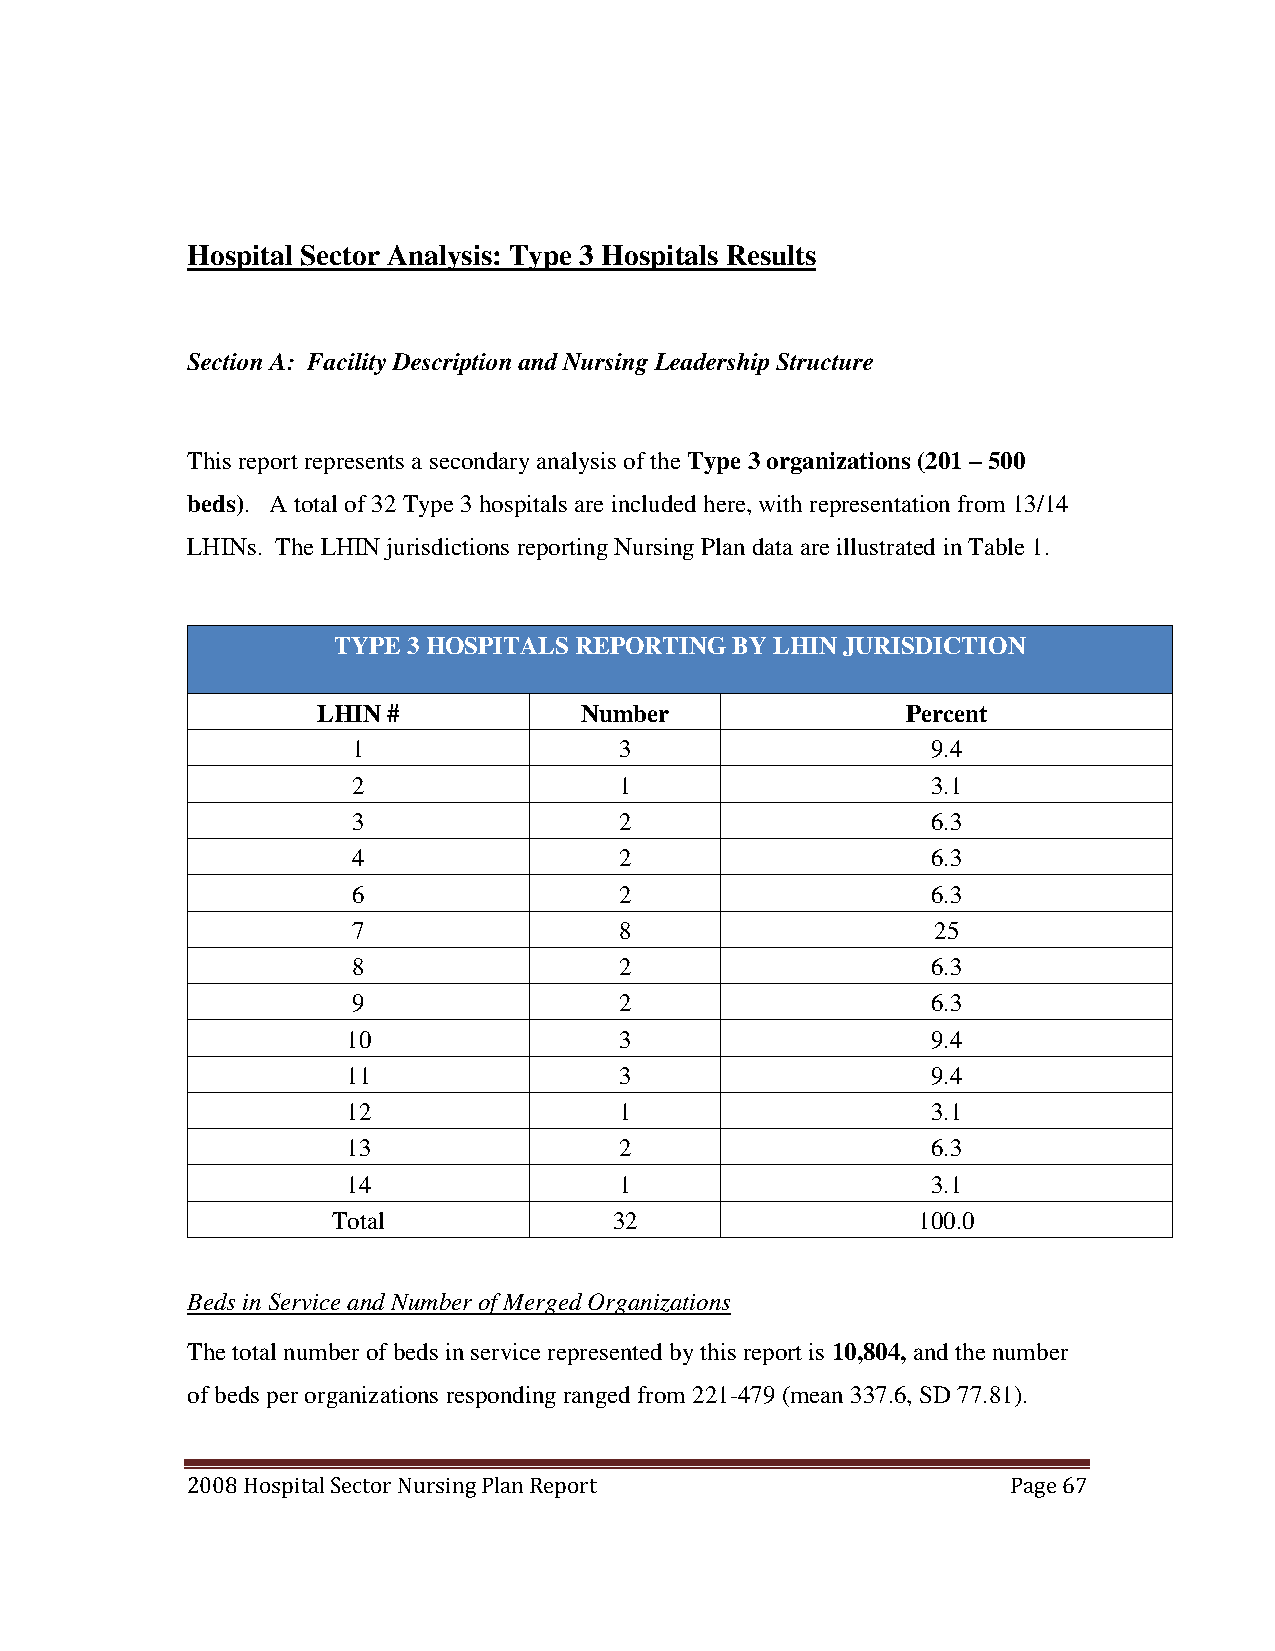
Hospital Sector Analysis: Type 3 Hospitals Results
 Section A: Facility Description and Nursing Leadership Structure
 This report represents a secondary analysis of the Type 3 organizations (201 – 500
 beds). A total of 32 Type 3 hospitals are included here, with representation from 13/14
 LHINs. The LHIN jurisdictions reporting Nursing Plan data are illustrated in Table 1.
 TYPE 3 HOSPITALS REPORTING BY LHIN JURISDICTION
 LHIN #           Number                Percent
 1                 3                    9.4
 2                 1                    3.1
 3                 2                    6.3
 4                 2                    6.3
 6                 2                    6.3
 7                 8                    25
 8                 2                    6.3
 9                 2                    6.3
 10                3                    9.4
 11                3                    9.4
 12                1                    3.1
 13                2                    6.3
 14                1                    3.1
 Total              32                  100.0
 Beds in Service and Number of Merged Organizations
 The total number of beds in service represented by this report is 10,804, and the number
 of beds per organizations responding ranged from 221-479 (mean 337.6, SD 77.81).
 2008 Hospital Sector Nursing Plan Report               Page 67